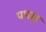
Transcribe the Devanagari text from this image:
पथक्